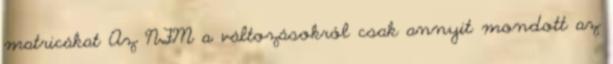
matricákat Az NFM a változásokról csak annyit mondott az